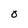
Character: O